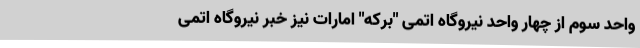
واحد سوم از چهار واحد نیروگاه اتمی "برکه" امارات نیز خبر نیروگاه اتمی